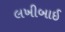
લખીબાઈ